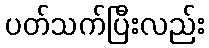
ပတ်သက်ပြီးလည်း